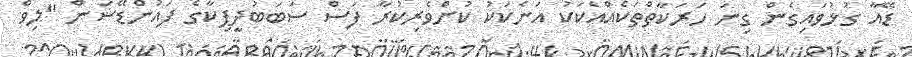
ޑޭއާ ގުޅުވައިގެން ގިނަ ހަރަކާތްތަކެއްއެކަކު އަނެކަކު ކުށްވެރިކުރާ ފަސް ސަބަބުދީޕިކާގެ ފައުންޑޭޝަން "ލިވް